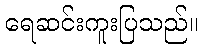
ရေဆင်းကူးပြသည်။